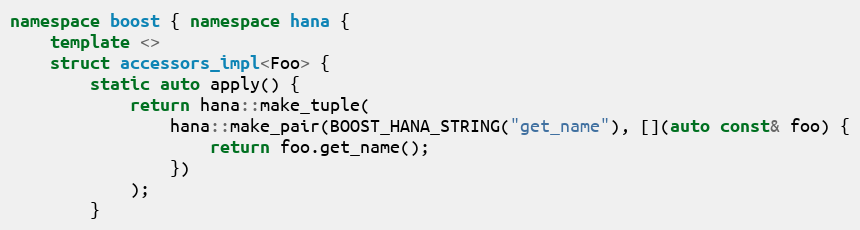
Language: C++
namespace boost { namespace hana {
    template <>
    struct accessors_impl<Foo> {
        static auto apply() {
            return hana::make_tuple(
                hana::make_pair(BOOST_HANA_STRING("get_name"), [](auto const& foo) {
                    return foo.get_name();
                })
            );
        }